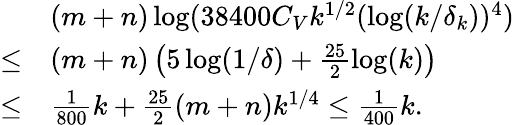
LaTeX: \begin{array}{rl}&{(m+n)\log(38400C_{V}k^{1/2}(\log(k/\delta_{k}))^{4})}\\ {\leq}&{(m+n)\left(5\log(1/\delta)+\frac{25}{2}\log(k)\right)}\\ {\leq}&{\frac{1}{800}k+\frac{25}{2}(m+n)k^{1/4}\leq\frac{1}{400}k.}\end{array}